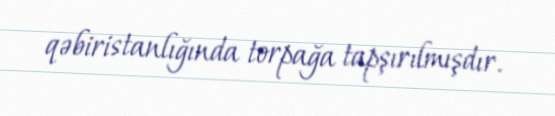
qəbiristanlığında torpağa tapşırılmışdır.